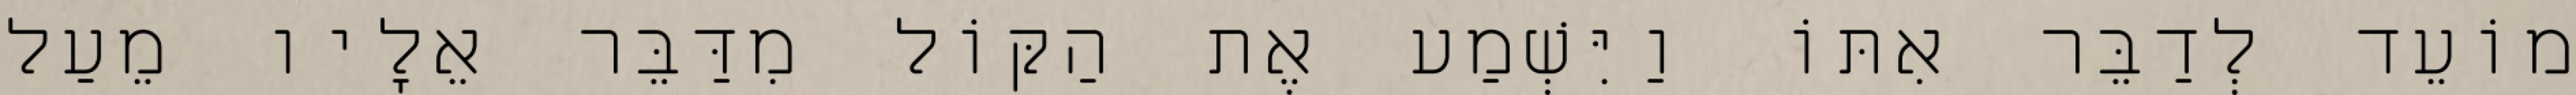
מוֹעֵד לְדַבֵּר אִתּוֹ וַיִּשְׁמַע אֶת הַקּוֹל מִדַּבֵּר אֵלָיו מֵעַל